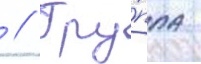
 // Гру́ппа